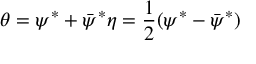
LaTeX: \theta = \psi ^ { \ast } + \bar { \psi } ^ { \ast } \eta = { \frac { 1 } { 2 } } ( \psi ^ { \ast } - \bar { \psi } ^ { \ast } )